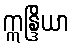
ဣန္ဒြိယာ